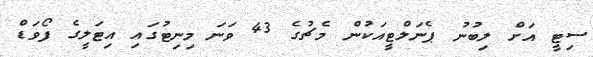
ސިޓީ އަށް ލިބުނު ޕެނަލްޓީއަކުން މެޗުގެ 43 ވަނަ މިނިޓުގައި އިޓަލީގެ ފޯވަޑް